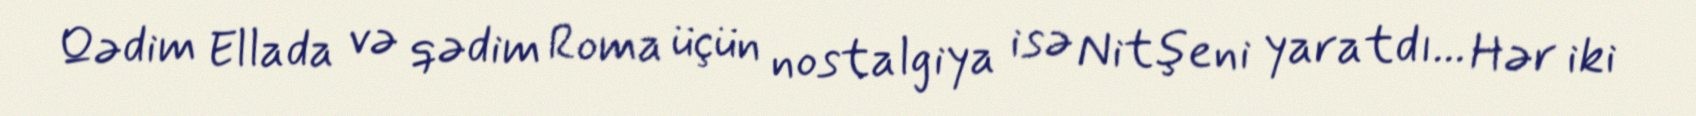
Qədim Ellada və qədim Roma üçün nostalgiya isə Nitşeni yaratdı... Hər iki